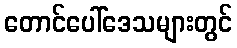
တောင်ပေါ်ဒေသများတွင်